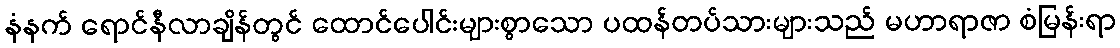
နံနက် ရောင်နီလာချိန်တွင် ထောင်ပေါင်းများစွာသော ပထန်တပ်သားများသည် မဟာရာဇာ စံမြန်းရာ